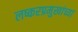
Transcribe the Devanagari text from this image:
लष्करप्रमुखांच्या